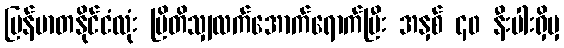
မြန်မာတနိုင်ငံလုံး ဗြိတိသျှလက်အောက်ရောက်ပြီး အနှစ် ၄၀ နီးပါးရှိမှ